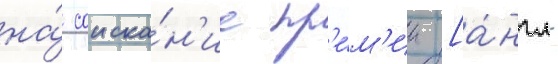
на́ соиска́н'ие пр'е́м'ии [а́нгл.